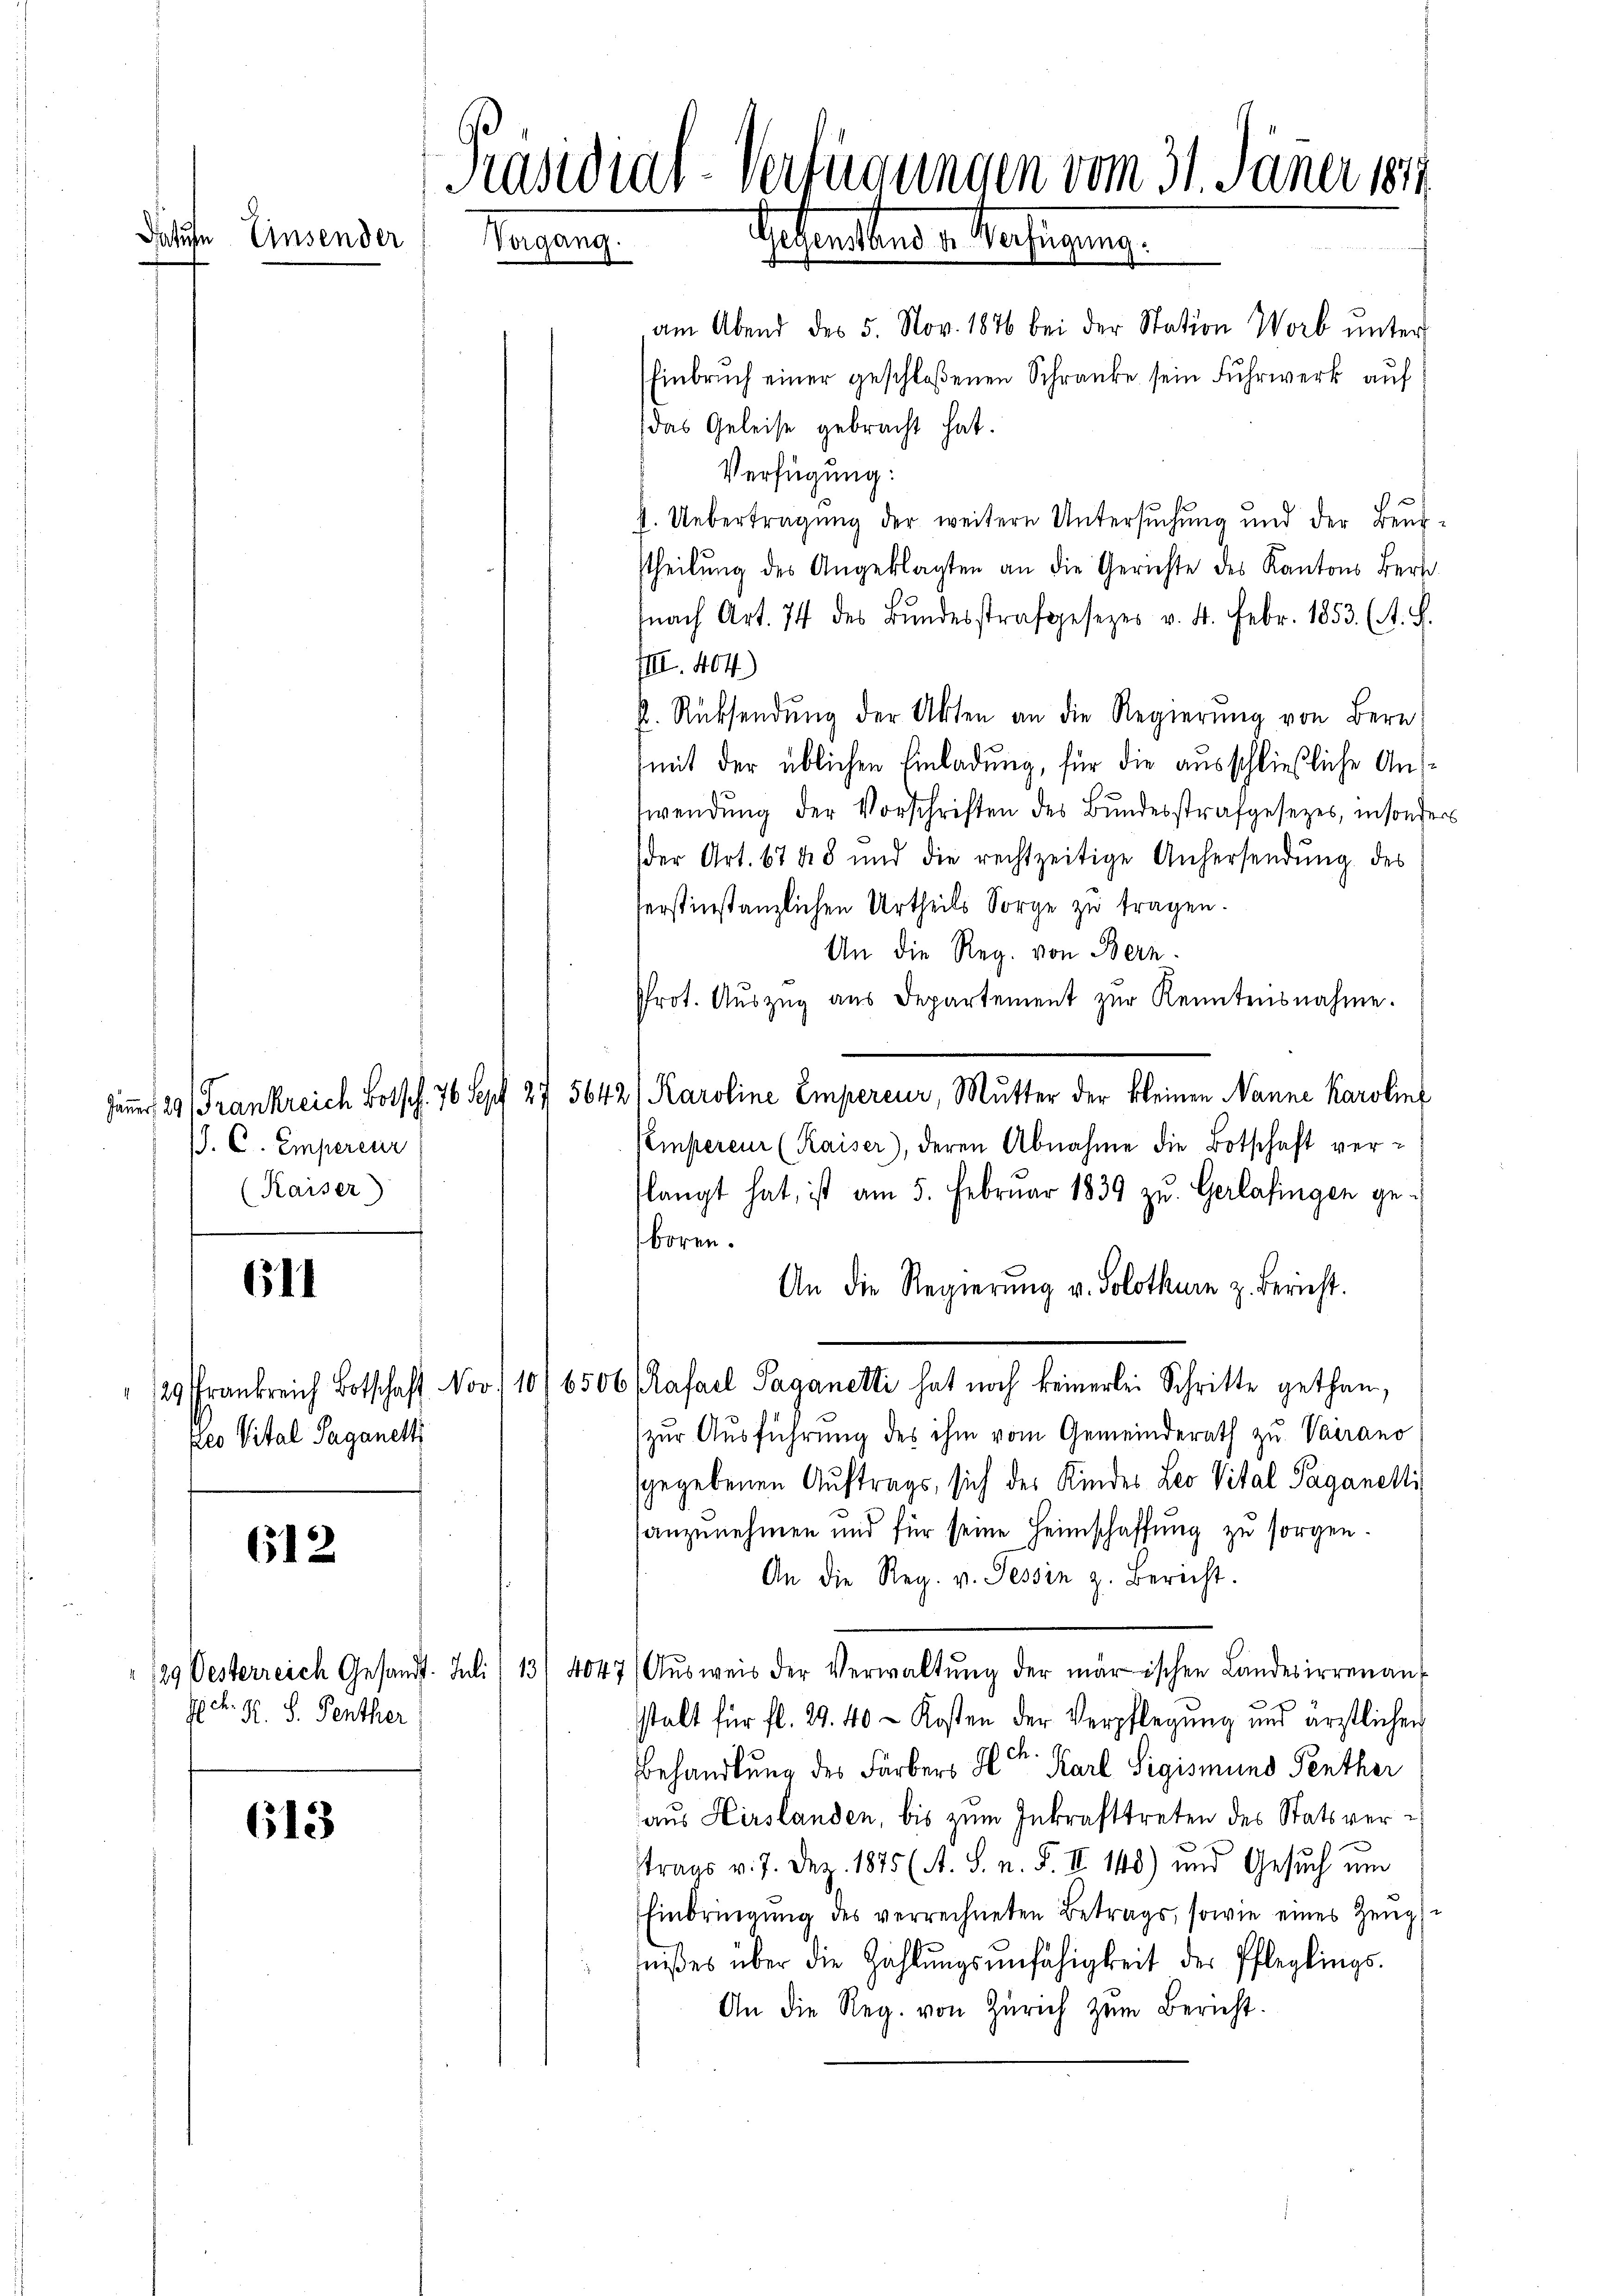
Präsidial-Verfügungen vom 31. Jäner 1849
datute Einsender
Gesandtens u. Verfügung.
Pevang.

J. C. Empercur
(Kaiser)

611

Pleo Vital Saganetti

612

613

E K. R. S. Penther

am Abend des 5. Nov. 1876 bei der Station Worb ŭnter
Einbruch einer geschloßenen Schranke sein Fuhrwerk auf
das Geleise gebracht hat.
Verfügung:
. Uebertragŭng der weitere Untersŭchŭng und der Beur-
Theilung des Angeklagten an die Gerichte des Kantons Bert
nach Art. 74 des Bŭndesstrafgesezes v. 4. Febr. 1853. (s. S.
IIII. 404)
p. Rücksendung der Akten an die Regierŭng von Bern
mit der üblichen Einladung, für die ausschließliche Anwendung der Vorschriften des Bundesstrafgesetzes, in sonder
der Art. 6748 und die rechtzeitige Anhersendŭng des
serstinstanzlichen Urtheils Sorge zu tragen.
An die Reg. von Bern.
Prot. Aŭszŭg aŭs Departement zŭr Kenntensnahme.
Jammer, 29. Frankreich Botsch. 76 Sept 27 5642/ Karoline Empereur, Mutter der kleinen Nanne Karolin
Pempereur (Kaiser), deren Abnahme die Botschaft verslangt hat, ist am 5. Februar 1839 zu Gerlafingen geboren.
An die Regierung v. Solothurn z. Bericht.
/2 Frankreich Botschaft Nov. 10/6506 (afael Paganetti hat noch keinerlei Schritte gethan,
zur Ausführung des ihm vom Gemeinderath zu Vairano
sgegebenen Auftrags, sich des Kindes Leo Vital Paganelli
anzunehmen und für seine Heimschaffung zu sorgen.
An die Reg. v. Tessin z. Bericht.
129 Oesterreich Gesandt. Juli) 13/4047 ( Aŭsweis der Verwaltŭng der märischen Landesirrenan-
stalt für fl. 29. 40 - Kosten der Verpflegung und ärztlichen
Behandlung des Färbers Hr. Karl Sigismund Penther
aus Hirslanden, bis zum Inkrafttreten des Statsvertrags v. 7. Dez. 1875 (A. S. n. F. II 140) und Gesuch um
Einbringŭng des verrechneten Betrags, sowie eines Zeugnnißes über die Zahlŭngsŭnfähigkeit der Pfleglings-
An die Reg. von Zürich zŭm Bericht.